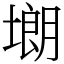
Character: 㙟